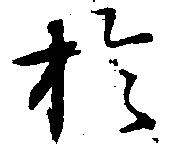
於